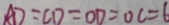
A D = C D = O D = O C = 6